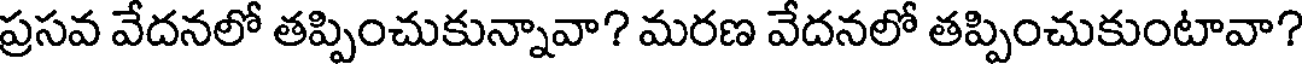
ప్రసవ వేదనలో తప్పించుకున్నావా? మరణ వేదనలో తప్పించుకుంటావా?